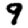
Digit: 9